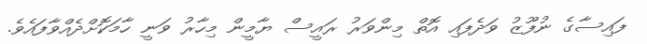
ފައިސާގެ ނުފޫޒު ވަދެފައި އޮތް މިންވަރު ރައީސް ޔާމީން މިހާރު ވަނީ ހާމަކޮށްދެއްވާފައެވެ.